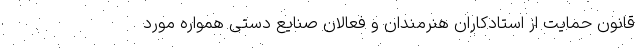
قانون حمایت از استادکاران هنرمندان و فعالان صنایع دستی همواره مورد